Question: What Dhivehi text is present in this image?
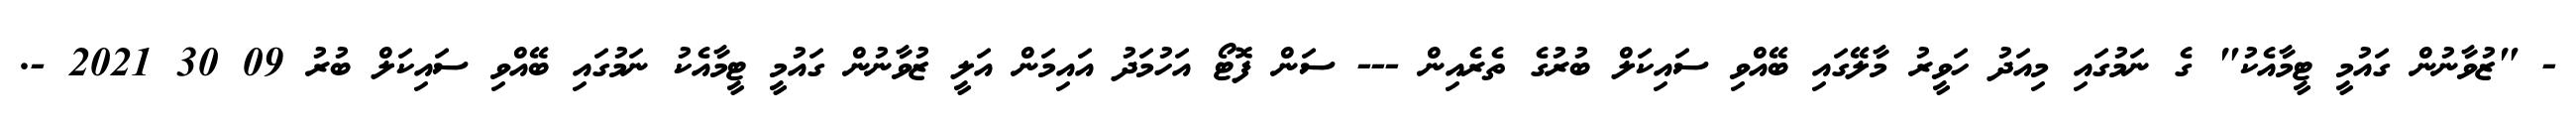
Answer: - "ޒުވާނުން ގައުމީ ޓީމާއެކު" ގެ ނަމުގައި މިއަދު ހަވީރު މާލޭގައި ބޭއްވި ސައިކަލް ބުރުގެ ތެރެއިން --- ސަން ފޮޓޯ އަހުމަދު އައިމަން އަލީ ޒުވާނުން ގައުމީ ޓީމާއެކު ނަމުގައި ބޭއްވި ސައިކަލް ބުރު 09 30 2021 -.